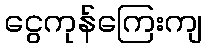
ငွေကုန်ကြေးကျ